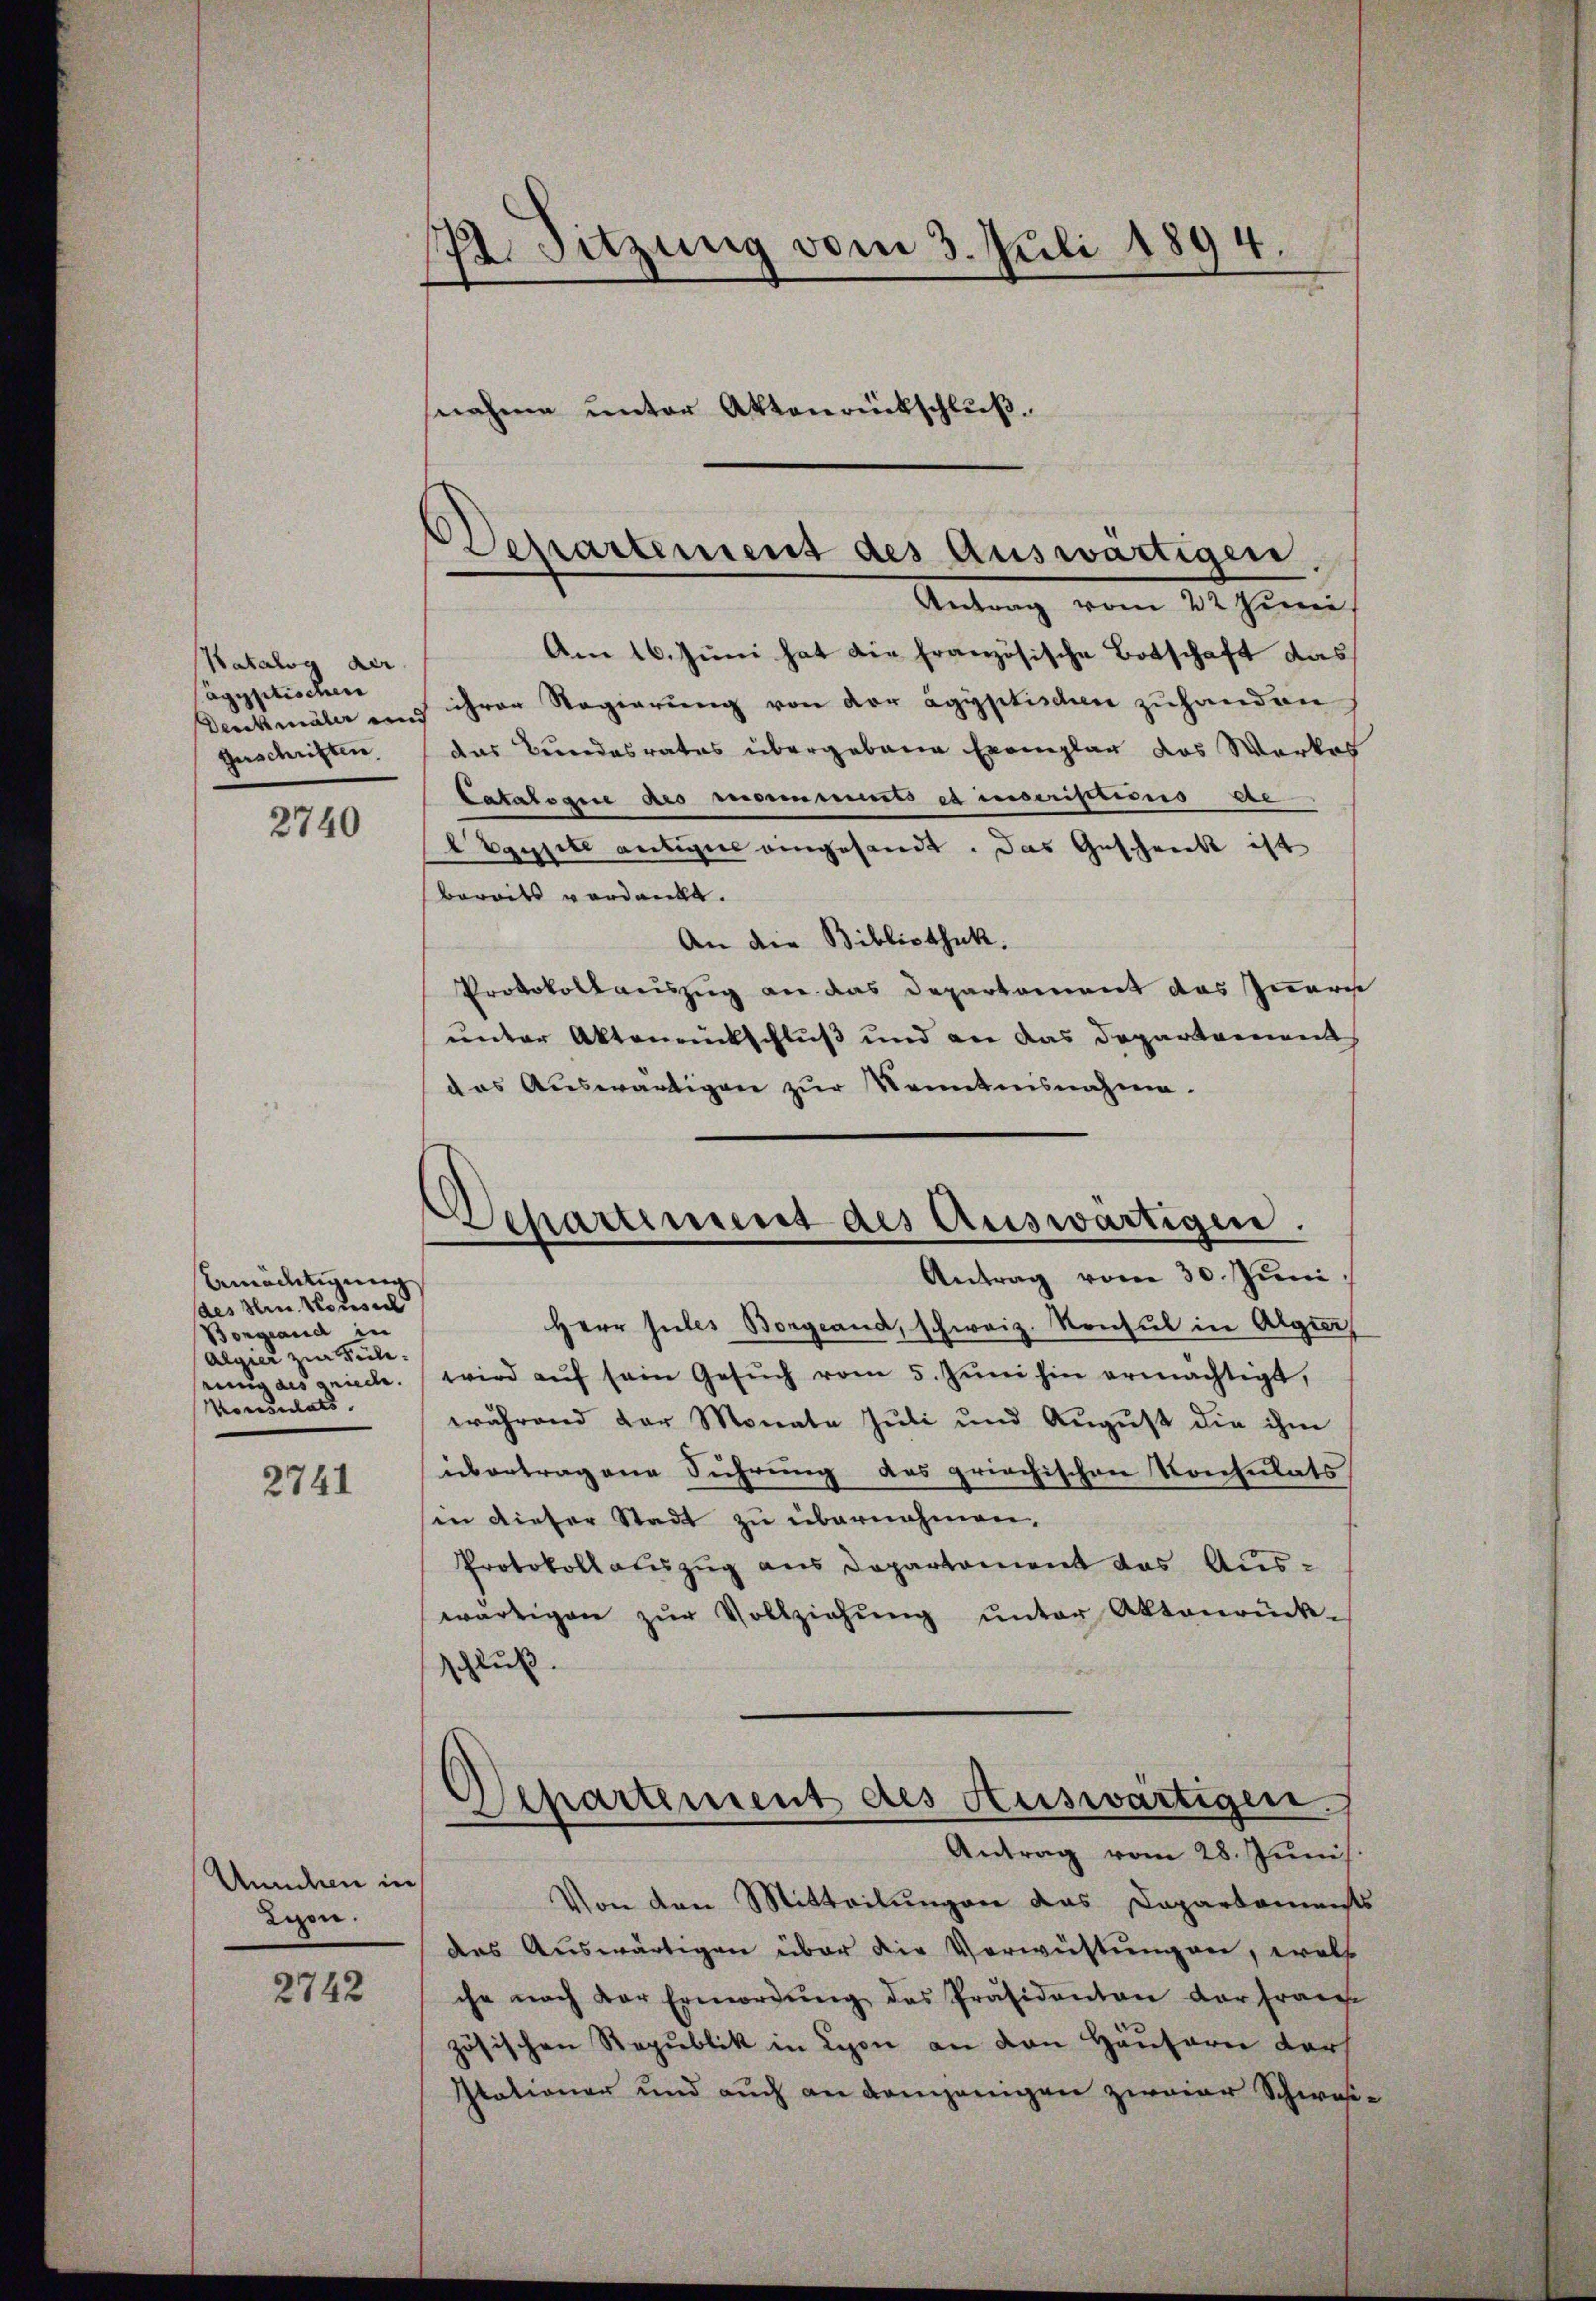
Katalog der
Agyptischen
Denkmäler und
Geschriften

2740

bemächtigung
des Hrn. Konsul
Borgeand in
Algier zur Kulieinig des grieche.
Konsulats.

2741

Annchen in
Lipon.

2742

72. Sitzung vom 3. Juli 1894
nahme unter Aktenrückschluß¬

Departement des Auswärtigen

Antrag vom 22 Juni
Am 16. Juni hat die französische Botschaft das
ihrer Regierung von der ägyptischen zuhanden
das Bundesrates übergebene Exemplar das Werkes
Catalogie des versements et inscriptions de
ysett antigers angesandt. Das Geschreckt ist
bereits verdankt.
An die Bibliothek.
Protokollauszug an das Departement das Innere
unter Aktenrückschluß und an das Departement
das Auswärtigen zur Kenntnisnahme.
Antrag vom 30. Jŭni,
Herr Sules Borgeand, schweiz. Konsul in Algier
wird aŭf sein Gesŭch vom 5. Jŭni hin ermächtigt,
während der Monate Jŭli und Aŭgŭst die ihm
übertragene Führung des griechischen Konsulats
sen dieser Stadt zu übernahmen.
Protokollauszug aus Departement das Auswärtigen zŭr Vollziehŭng ŭnter Aktenrück-
schluß.
Apartement des Auswärtigen.
Antrag vom 28. Junis.
Von den Mitteilungen das Dapartaments
das Auswärtigen über die Vorwüstungen, woll
che nach der Ermordŭng des Präsidenten der franz
zösischen Republik in Lyon an den Hausern darf
Itationer und auch an demjenigen zweier Schwei¬

Departement des Auswärtigen.